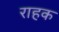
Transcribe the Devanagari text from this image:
राहक